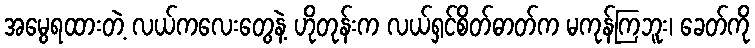
အမွေရထားတဲ့ လယ်ကလေးတွေနဲ့ ဟိုတုန်းက လယ်ရှင်စိတ်ဓာတ်က မကုန်ကြဘူး၊ ခေတ်ကို